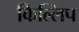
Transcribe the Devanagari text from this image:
किल्लिप